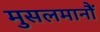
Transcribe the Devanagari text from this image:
मुसलमानौं